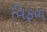
વિફળ